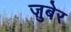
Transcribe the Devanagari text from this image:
ज़ुबेर